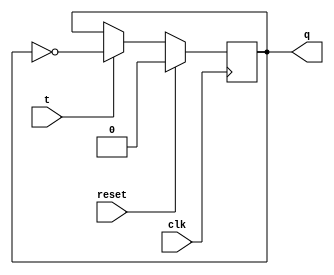
module t_flip_flop (
    input wire clk,
    input wire reset,
    input wire t,
    output reg q
);

always @(posedge clk) begin
    if(reset) begin
        q <= 1'b0; // or any other default state value
    end else begin
        if(t) begin
            q <= ~q; // toggle the output state
        end
    end
end

endmodule